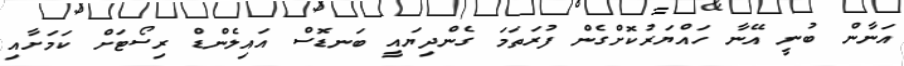
އަނާން ބުނީ އޭނާ ހައްޔަރުކޮށްގެން ފުރަތަމަ ގެންދިޔައީ ބަނޑޮސް އައިލެންޑް ރިސޯޓަށް ކަމަށާއި